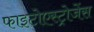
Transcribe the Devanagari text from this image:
फाइटोएस्ट्रोजेंस